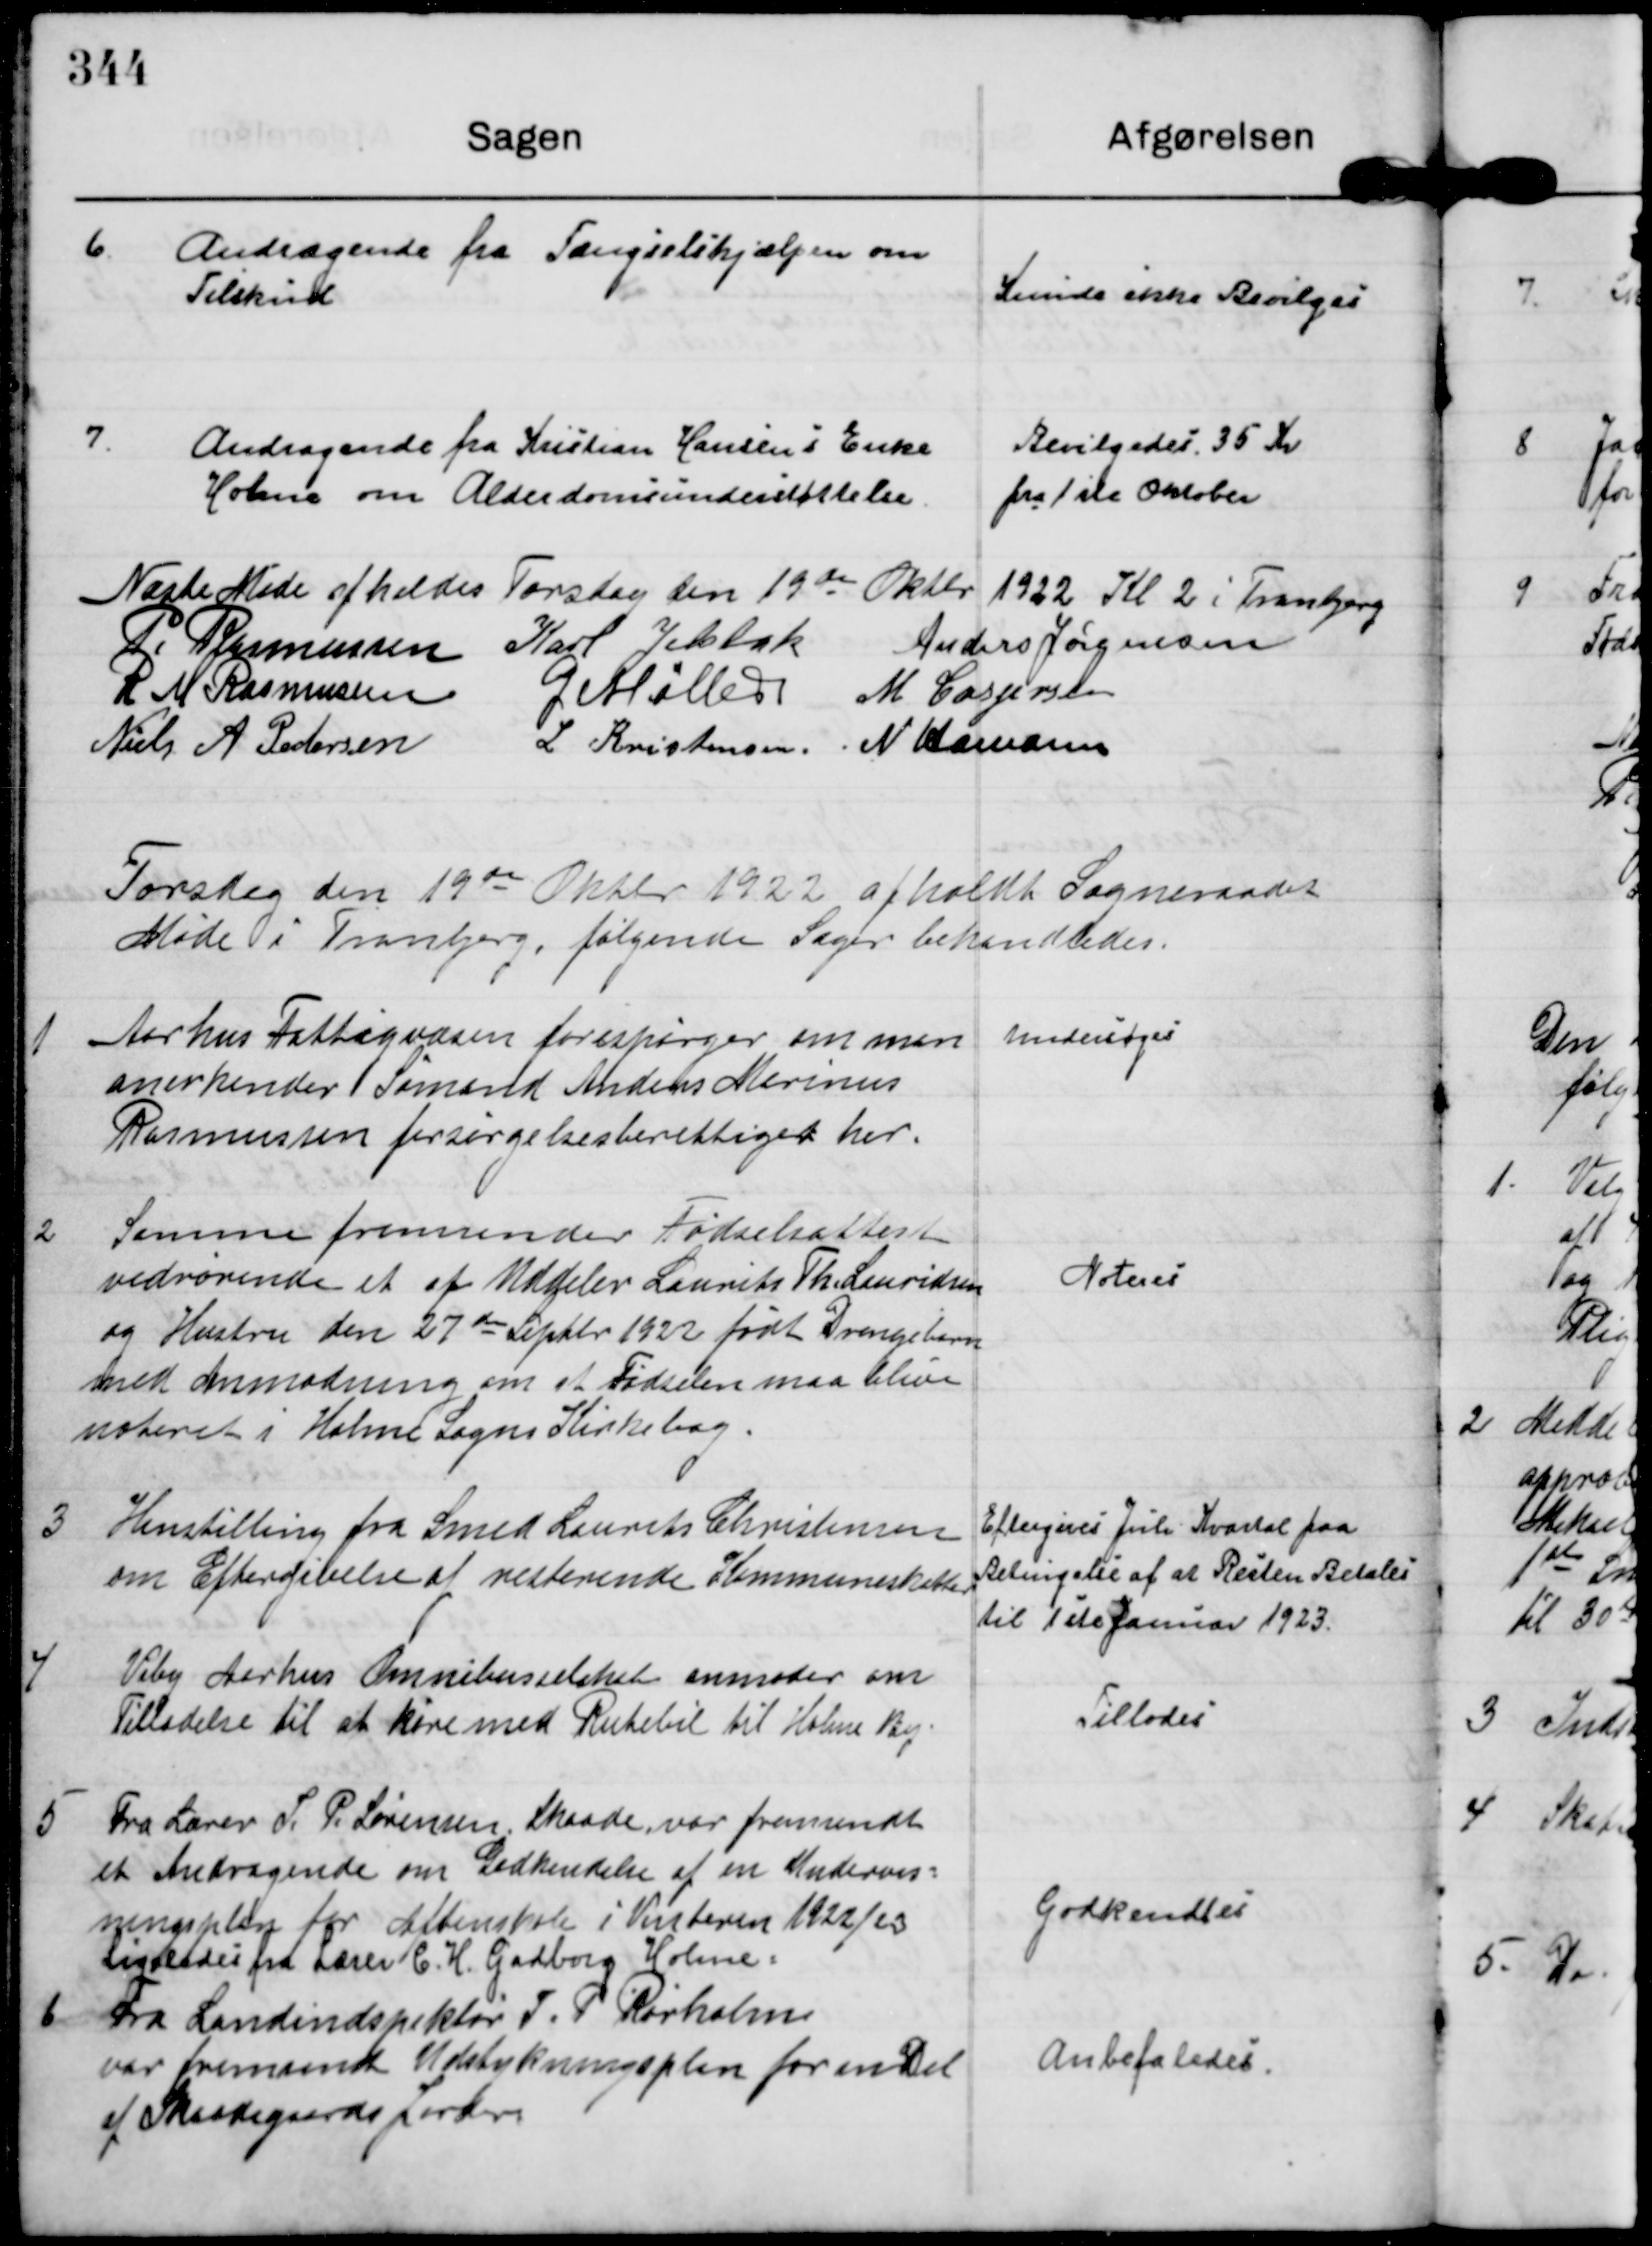
Transskription:
6
Andragende fra Fængselshjælpen om
Tilskud

Kunde ikke Bevilges

7
Andragende fra Kristian Hansen`s Enke
Holme om Alderdomsunderstøttelse.

Bevilgedes 35 Kr
fra 1ste Oktober

Næste Møde afholdes Torsdag den 19de Oktbr 1922 Kl 2 i Tranbjerg

P. Rasmussen Karl Jelsbak AndersJørgensen
R M Rasmussen
G Møller M Caspersen
Niels A Pedersen
L Kristensen N Hamann

Torsdag den 19de Oktbr 1922 afholdt Sogneraadet
Møde i Tranbjerg, følgende Sager behandledes.

1
Aarhus Fattigvæsen forespørger om man
anerkender Sømand Anders Marinus
Rasmussen forsørgelsesberettiget her.

undersøges

2
Samme fremsender Fødselsattest
vedrørende et af Uddeler Laurits Th.Lauridsen
og Hustru den 27de Septbr 1922 født Drengebarn
med anmodning om at Fødselen maa blive
noteret i Holme Sogns Kirkebog.

Noteres

3. Henstilling fra Smed Laurits Christensen
om Eftergivelse af resterende Kommuneskatter

Eftergives Juli Kvartal paa
Betingelse af at Resten Betales
til 1ste Januar 1923.

4. Viby Aarhus Omnibusselskab anmoder om
Tilladelse til at køre med Rutebil til Holme By

Tillodes

5 Fra Lærer S. P. Sørensen Skaade var fremsendt
et Andragende om Godkendelse af en Undervis-
ningsplan for Aftenskole i Vinteren 1922/23
ligeledes fra Lærer C. H. Gadborg Holme

Godkendtes

6 Fra Landinspektør J. P. Rørholm
var fremsendt Udstykningsplan for en Del
af Skaadegaards Jorder

Anbefaledes